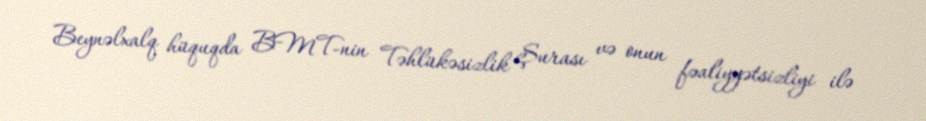
Beynəlxalq hüquqda BMT-nin Təhlükəsizlik Şurası və onun fəaliyyətsizliyi ilə